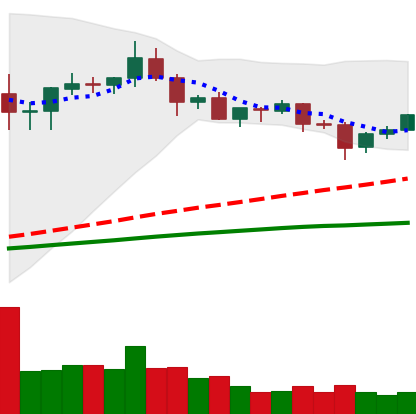
Ticker: XRP-USD
Chart end date: 2020-08-30
Forward return: -9.593%
Label: down_7plus